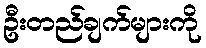
ဦးတည်ချက်များကို